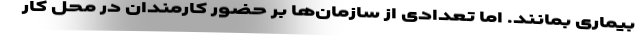
بیماری بمانند. اما تعدادی از سازمان‌ها بر حضور کارمندان در محل کار